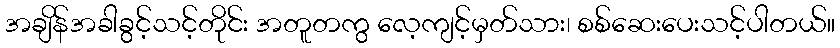
အချိန်အခါခွင့်သင့်တိုင်း အတူတကွ လေ့ကျင့်မှတ်သား၊ စစ်ဆေးပေးသင့်ပါတယ်။